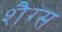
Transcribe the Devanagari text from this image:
शैग्स